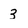
Character: 3